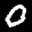
Label: 0